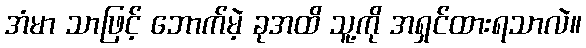
အံမာ သာဖြင့် ဘောက်မဲ့ ခုအထိ သူ့ကို အရှင်ထားရသာလဲ။